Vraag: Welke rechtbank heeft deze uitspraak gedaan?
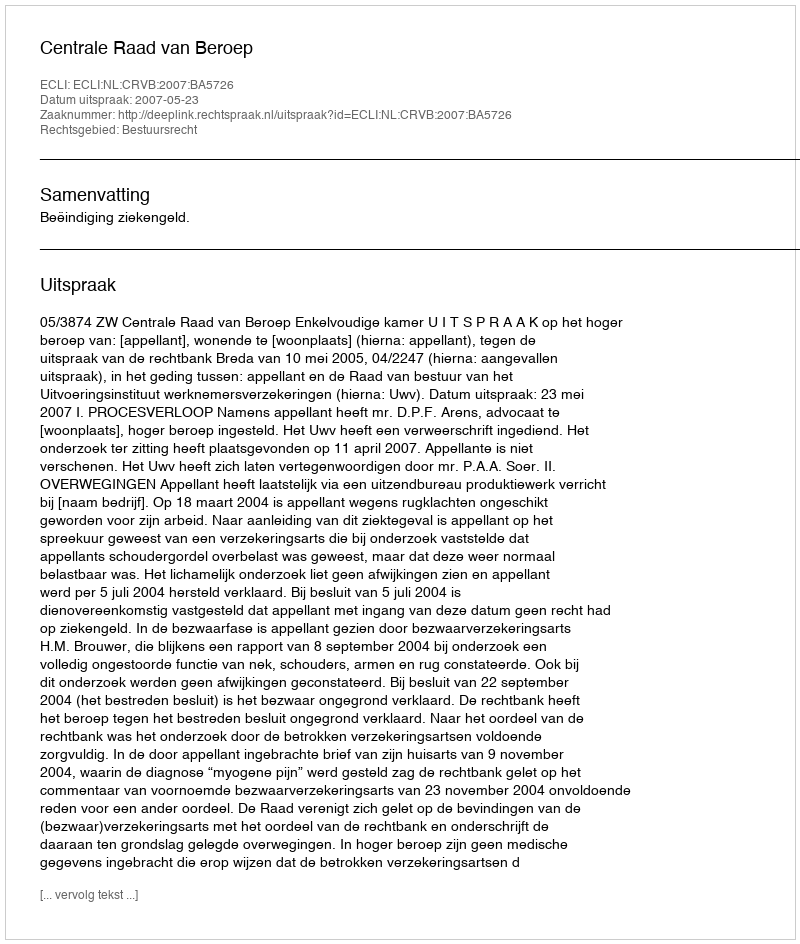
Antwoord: Centrale Raad van Beroep